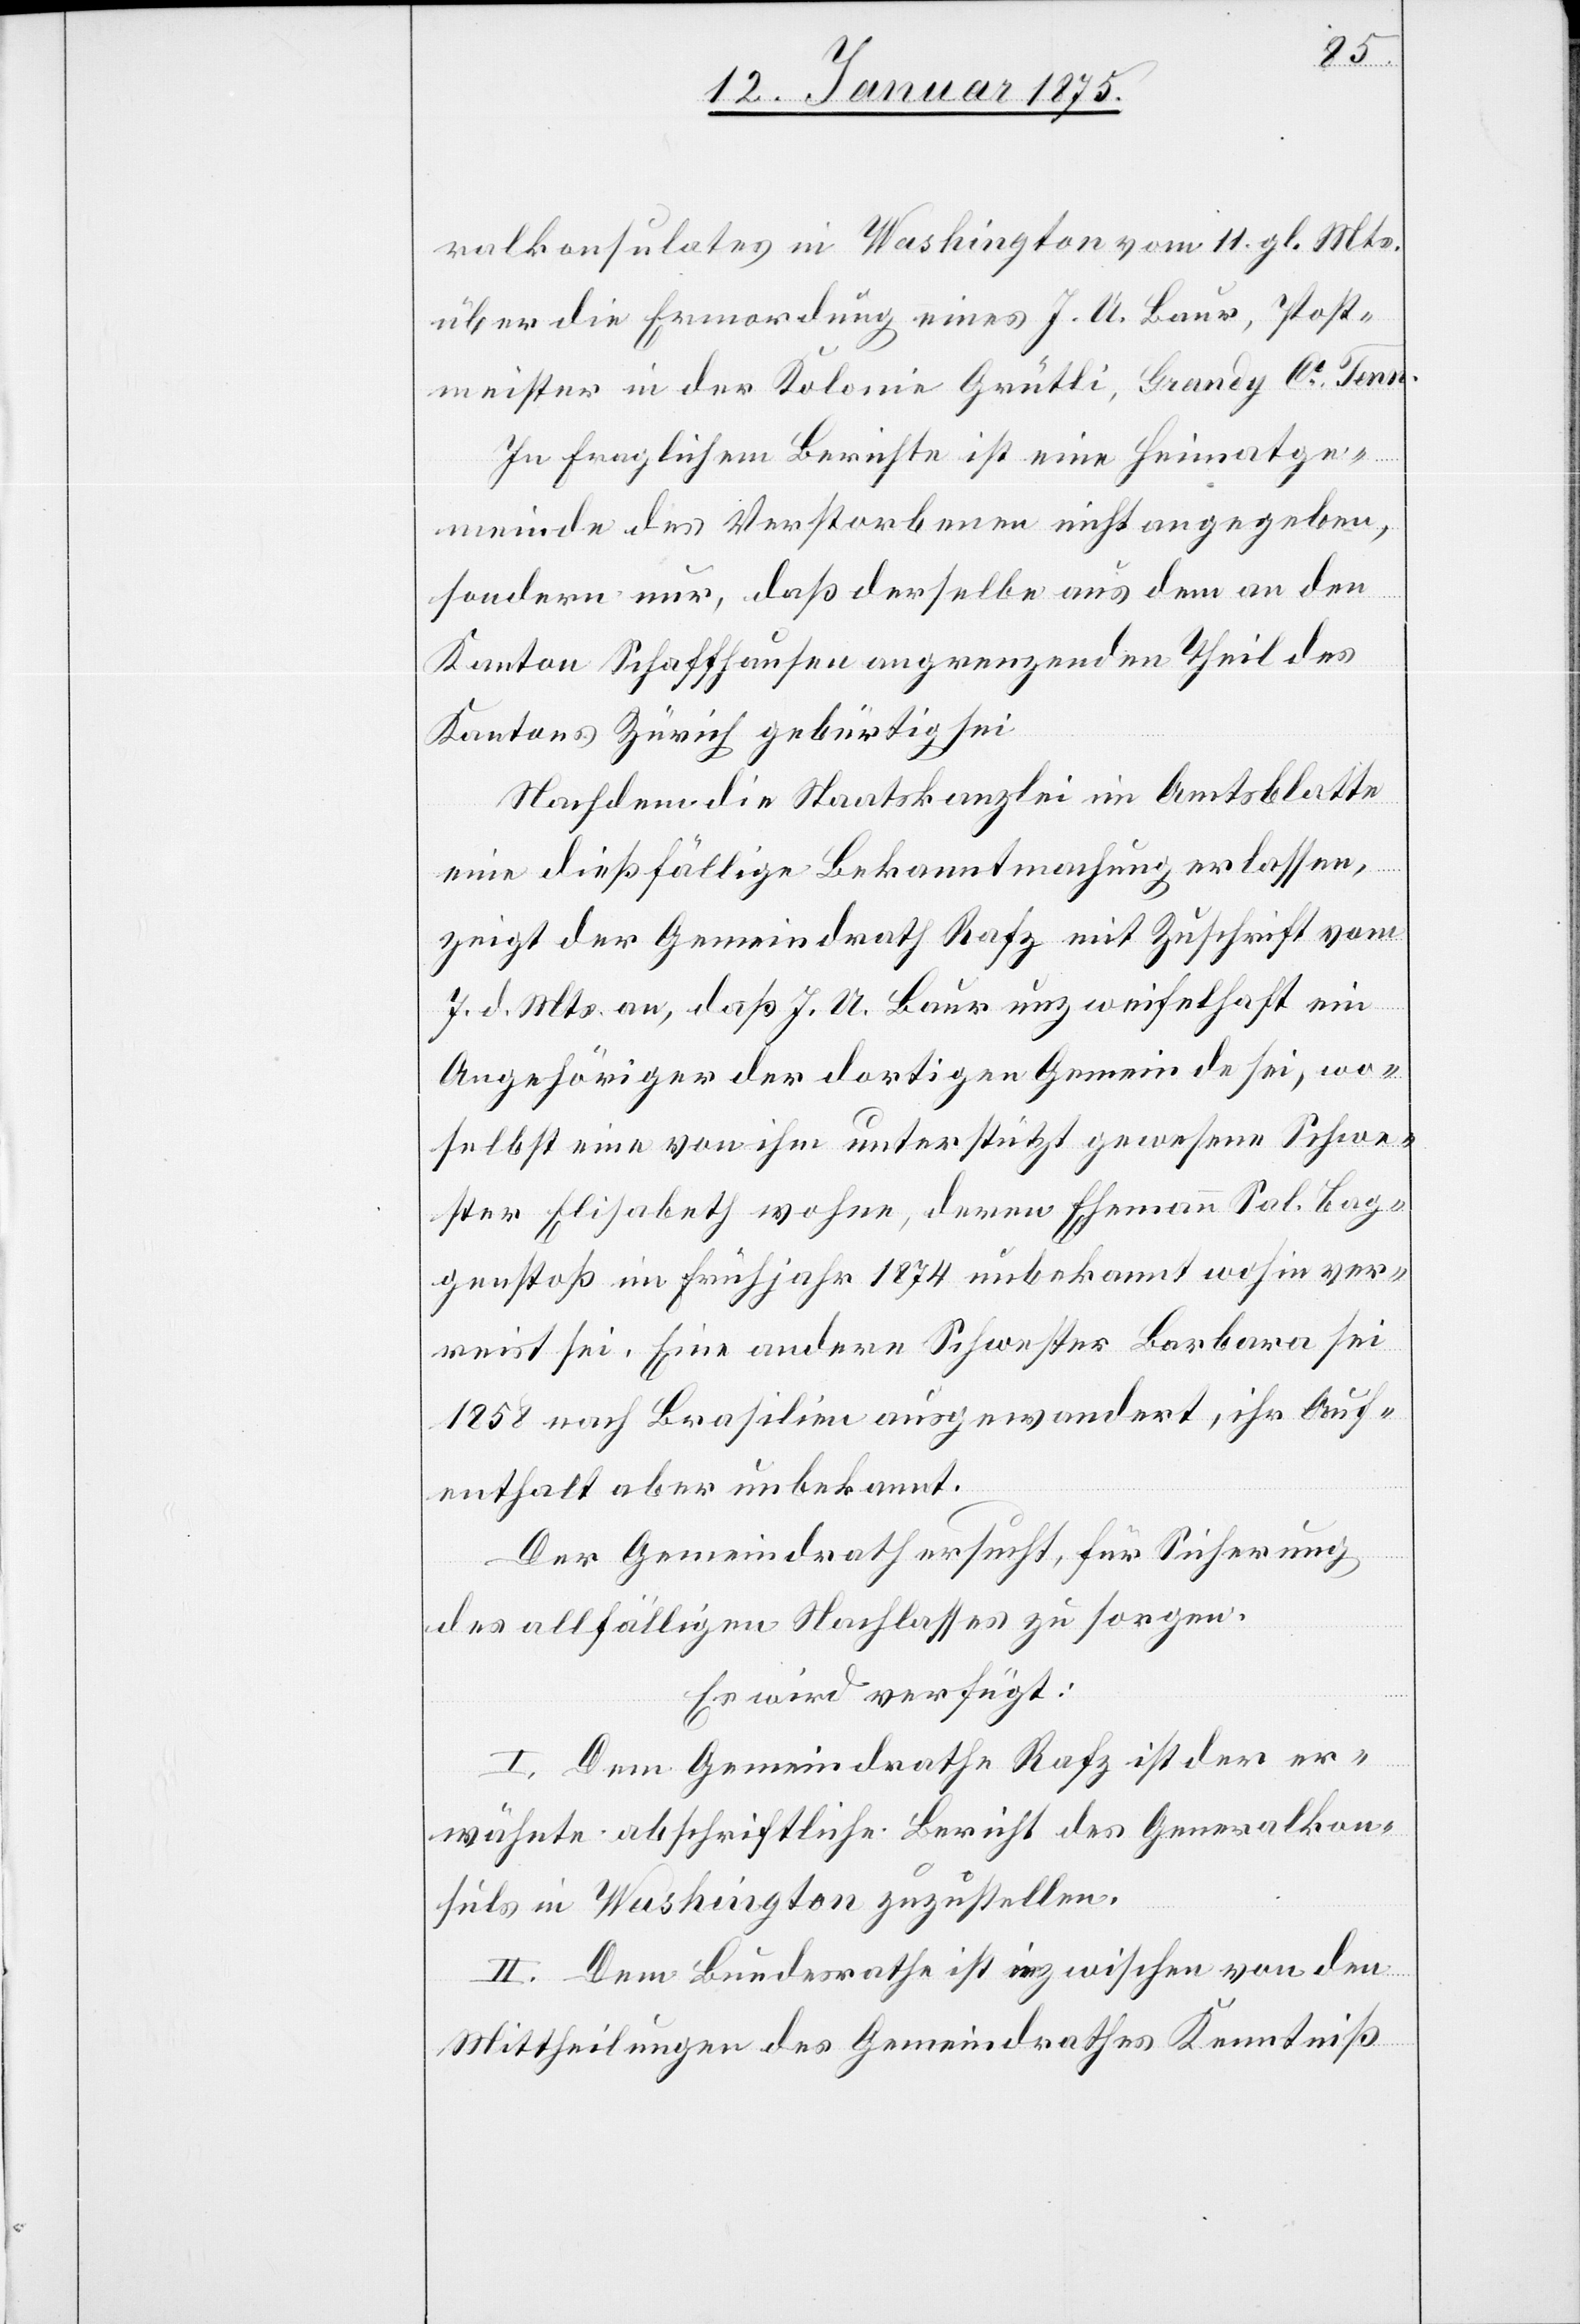
ralkonsulates in Washington vom 11. gl. Mts.
über die Ermordung eines J. A. Baur, Post¬
meister in der Kolonie Grütli, Grandy Ct Tenn.
In fraglichem Berichte ist eine Heimatge¬
meinde des Verstorbenen nicht angegeben,
sondern nur, daß derselbe aus dem an den
Kanton Schaffhausen angrenzenden Theil des
Kantons Zürich gebürtig sei.
Nachdem die Staatskanzlei im Amtsblatte
eine dießfällige Bekanntmachung erlassen,
zeigt der Gemeindrath Rafz mit Zuschrift vom
7. d. Mts. an, daß J. A. Baur unzweifelhaft ein
Angehöriger der dortigen Gemeinde sei, wo¬
selbst eine von ihm unterstützt gewesene Schwe¬
ster Elisabeth wohne, deren Ehemann Sal. Bag¬
genstoß im Frühjahr 1874 unbekannt wohin ver¬
reist sei. Eine andere Schwester Barbara sei
1858 nach Brasilien ausgewandert, ihr Auf¬
enthalt aber unbekannt.
Der Gemeindrath ersucht, für Sicherung
des allfälligen Nachlasses zu sorgen.
Es wird verfügt:
I. Dem Gemeindrathe Rafz ist der er¬
wähnte abschriftliche Bericht des Generalkon¬
suls in Washington zuzustellen.
II. Dem Bundesrathe ist inzwischen von den
Mittheilungen des Gemeindrathes Kenntniß